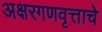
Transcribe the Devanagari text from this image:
अक्षरगणवृत्ताचे